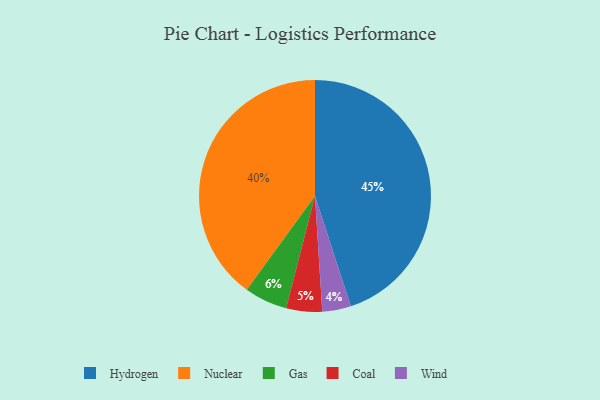
{"axis": {"x": "Category", "y": "Percentage"}, "legend": ["Coal", "Gas", "Hydrogen", "Nuclear", "Wind"], "data": [{"x": "Hydrogen", "y": 45, "type": "Hydrogen"}, {"x": "Gas", "y": 6, "type": "Gas"}, {"x": "Nuclear", "y": 40, "type": "Nuclear"}, {"x": "Wind", "y": 4, "type": "Wind"}, {"x": "Coal", "y": 5, "type": "Coal"}]}